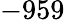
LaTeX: -959